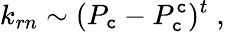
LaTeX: k_{rn}\sim(P_{\mathtt{c}}-P_{\mathtt{c}}^{\mathtt{c}})^{t}\; ,